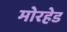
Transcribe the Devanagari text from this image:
मोरहेड